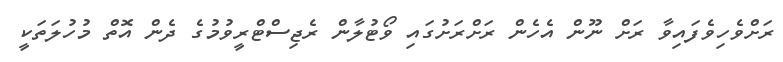
ރަށްވެހިވެފައިވާ ރަށް ނޫން އެހެން ރަށްރަށުގައި ވޯޓުލާން ރެޖިސްޓްރީވުމުގެ ދެން އޮތް މުހުލަތަކީ